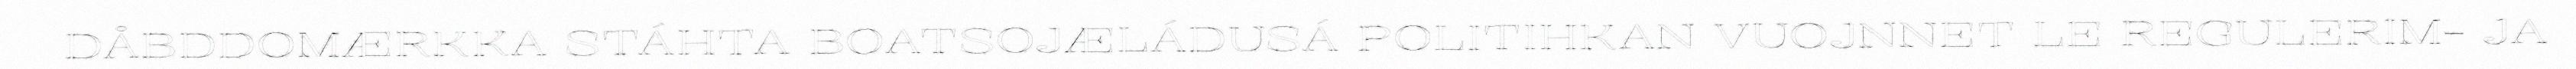
DÅBDDOMÆRKKA STÁHTA BOATSOJÆLÁDUSÁ POLITIHKAN VUOJNNET LE REGULERIM- JA